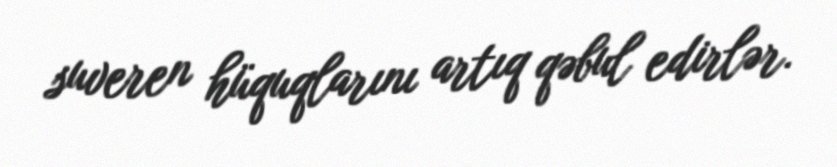
suveren hüquqlarını artıq qəbul edirlər.